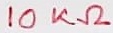
Text: 10KΩ